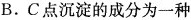
B. C点沉淀的成分为一种